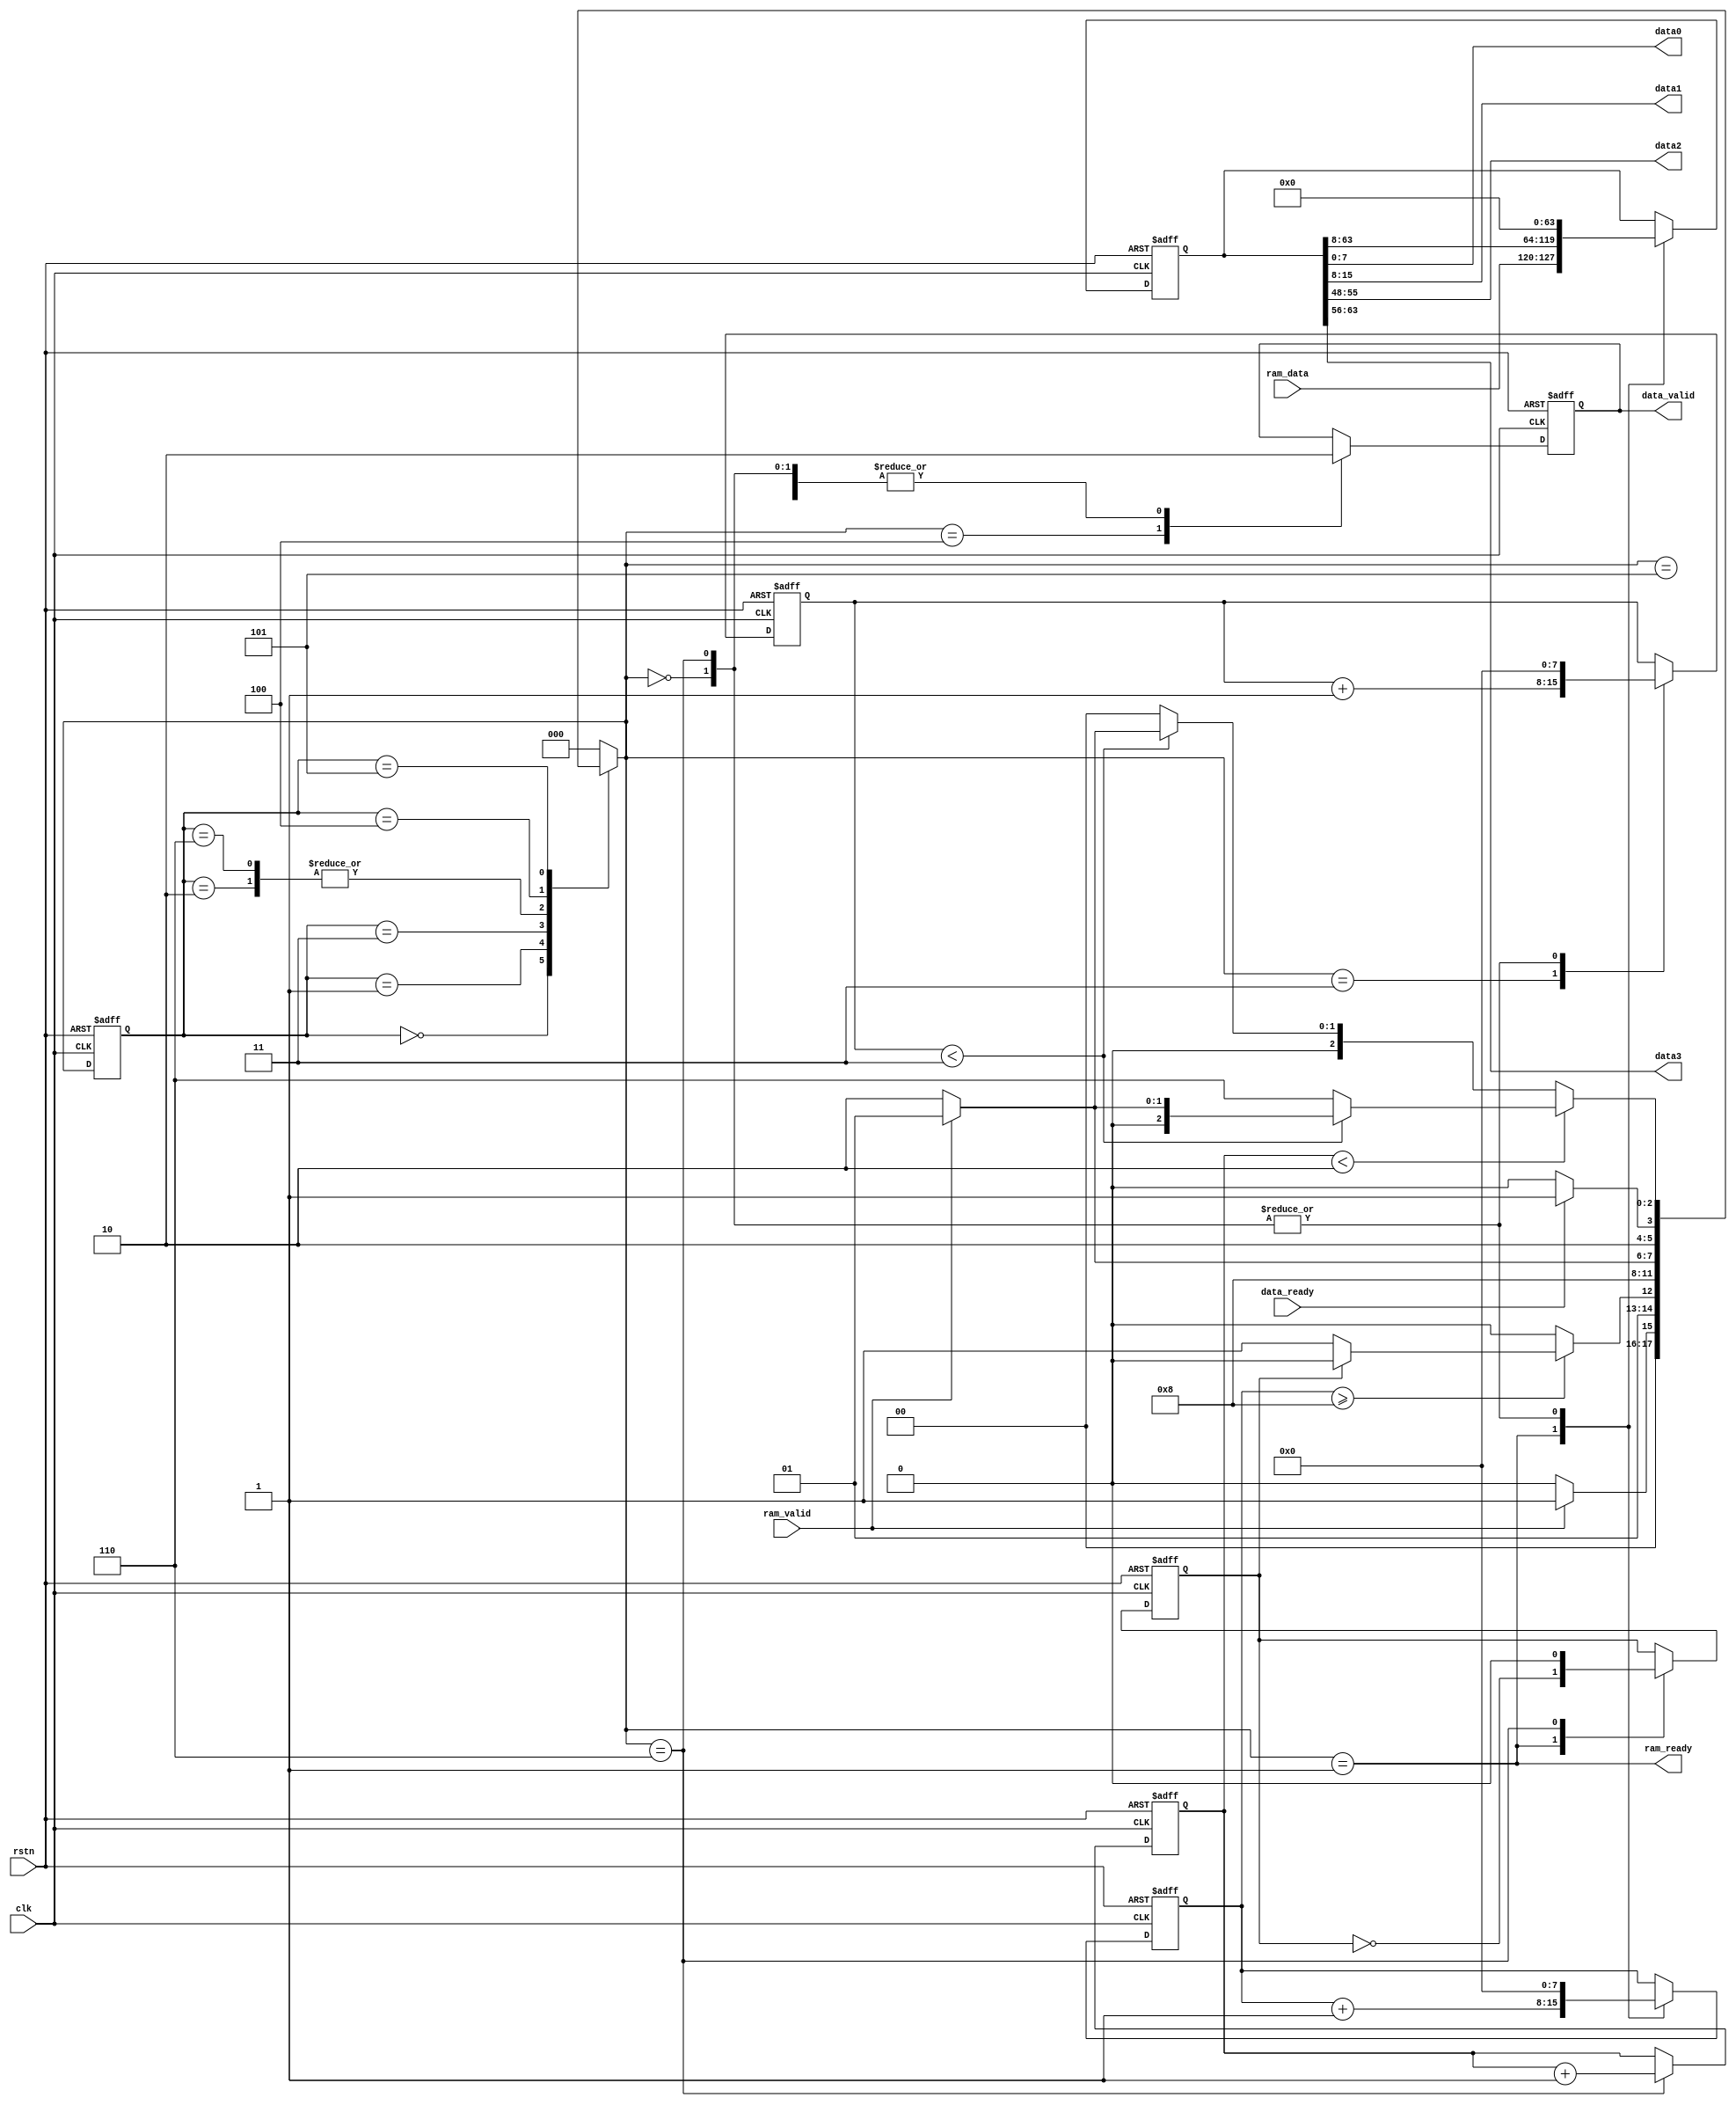
module data_window #(
    parameter H = 6,
    parameter W = 6
)(
    input clk,
    input rstn,

    input [7:0] ram_data,
    input ram_valid,
    output ram_ready,

    output [7:0] data0,
    output [7:0] data1,
    output [7:0] data2,
    output [7:0] data3,
    output reg data_valid,
    input data_ready
);
    parameter data_idle = 3'd0;
    parameter data_fill = 3'd1;
    parameter ram_wait = 3'd2;
    parameter mac_available = 3'd3;
    parameter mac_wait = 3'd4;
    parameter data_send = 3'd5;
    parameter row_done = 3'd6;
    reg [2:0] state, nextstate;

    parameter NUM_window = W + 2;
    parameter ROW_valid = W / 2;
    parameter COL_valid = H / 2;

    reg [NUM_window*8-1:0] data_reg;
    reg shift_cnt;
    reg [7:0] fill_cnt;
    reg [7:0] row_valid_cnt;
    reg [7:0] col_valid_cnt;
    // reg [7:0] send_cnt;

    assign data0 = data_reg[7:0];
    assign data1 = data_reg[15:8];
    assign data2 = data_reg[W*8+7 : W*8];
    assign data3 = data_reg[W*8+15: W*8+8];
    assign ram_ready = (nextstate == data_fill);

    always @(posedge clk or negedge rstn) begin
        if (~rstn) begin
            data_valid <= 0;
            data_reg <= 0;

            shift_cnt <= 0;
            fill_cnt <= 0;
            row_valid_cnt <= 0;
            col_valid_cnt <= 0;
        end
        else case (nextstate)
            data_fill: begin
                shift_cnt <= ~shift_cnt;
                fill_cnt <= fill_cnt + 1'b1;
                data_reg <= {ram_data, data_reg[NUM_window*8-1:8]};
            end
            mac_available: begin
                row_valid_cnt <= row_valid_cnt + 1'b1;
            end
            mac_wait: begin
                data_valid <= 1'b1;
            end
            row_done: begin
                data_valid <= 0;
                data_reg <= 0;

                shift_cnt <= 0;
                fill_cnt <= 0;
                row_valid_cnt <= 0;
                col_valid_cnt <= col_valid_cnt + 1'b1;
            end
            data_send: begin
                data_valid <= 0;
            end
            data_idle: begin
                data_valid <= 0;
                data_reg <= 0;

                fill_cnt <= 0;
                row_valid_cnt <= 0;
            end
        endcase
    end

    always @(posedge clk or negedge rstn) begin
        if (~rstn)
            state <= data_idle;
        else
            state <= nextstate;
    end

    always @(*) begin
        case (state)
            data_idle:
                if (ram_valid)
                    nextstate = data_fill;
                else
                    nextstate = data_idle;
            data_fill:
                if (fill_cnt >= NUM_window) begin
                    if (shift_cnt)
                        nextstate = ram_wait;
                    else
                        nextstate = mac_available;
                end
                else
                    nextstate = ram_wait;
            ram_wait:
                if (ram_valid)
                    nextstate = data_fill;
                else
                    nextstate = ram_wait;
            mac_available:
                    nextstate = mac_wait;
            row_done:
                if (ram_valid)
                    nextstate = data_fill;
                else
                    nextstate = ram_wait;
            mac_wait:
                if (data_ready)
                    nextstate = data_send;
                else
                    nextstate = mac_wait;
            data_send:
                if (col_valid_cnt < COL_valid-1'b1) begin
                    if (row_valid_cnt < ROW_valid) begin
                        if (ram_valid)
                            nextstate = data_fill;
                        else
                            nextstate = ram_wait;
                    end
                    else
                        nextstate = row_done;
                end
                else begin
                    if (row_valid_cnt < ROW_valid) begin
                        if (ram_valid)
                            nextstate = data_fill;
                        else
                            nextstate = ram_wait;
                    end
                    else
                        nextstate = data_idle;
                end
            default:
                    nextstate = data_idle;
        endcase
    end

endmodule //data_window